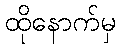
ထိုနောက်မှ